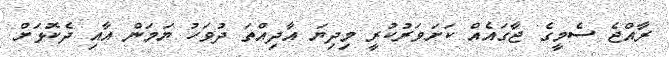
ރާއްޖެ ސެމީގެ ޖާގައެއް ކަށަވަރުކުރީ މިދިޔަ އާދިއްތަ ދުވަހު ޔަމަން އާއި ދެކޮޅަށް